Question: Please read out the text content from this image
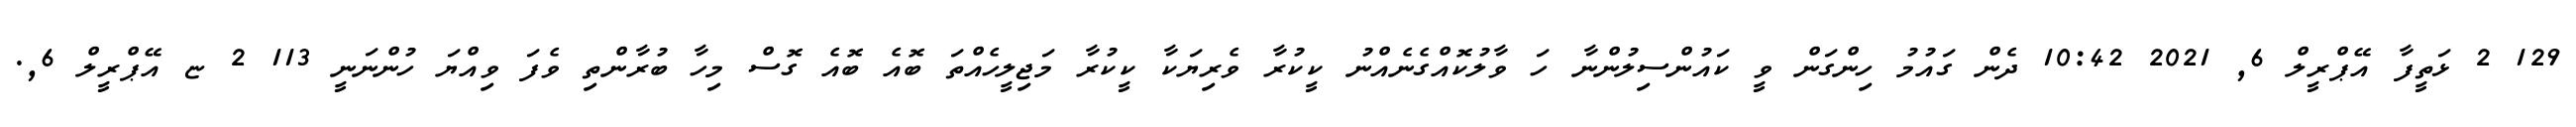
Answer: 129 2 ޅަތީފާ އޭޕްރީލް 6, 2021 10:42 ދެން ގައުމު ހިންގަން ވީ ކައުންސިލުންނާ ހަ ވާލުކޮއްގެނެއްނު ކީކުރާ ވެރިޔަކާ ކީކުރާ މަޖިލީހެއްތަ ބޮއެ ބޮއެ ގޮސް މިހާ ބުރާންތި ވެފަ ވިއްޔަ ހުންނަނީ 113 2 ޏ އޭޕްރީލް 6,.